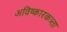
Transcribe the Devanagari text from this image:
अविष्कारकत्र्ता